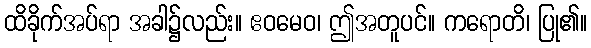
ထိခိုက်အပ်ရာ အခါ၌လည်း။ ဧဝမေဝ၊ ဤအတူပင်။ ကရောတိ၊ ပြု၏။